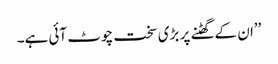
’’ان کے گھٹنے پر بڑی سخت چوٹ آئی ہے۔